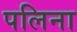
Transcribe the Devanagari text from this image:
पलिना